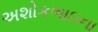
અશોકભાઇના